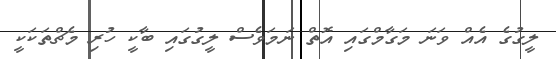
ލީގުގެ އެއް ވަނަ މަގާމްގައި އޮތް ނަމަވެސް ލީގުގައި ބާކީ ހުރި މެޗްތަކަކީ